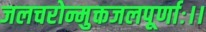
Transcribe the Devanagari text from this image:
जलचरोन्मुक्तजलपूर्णाः।।